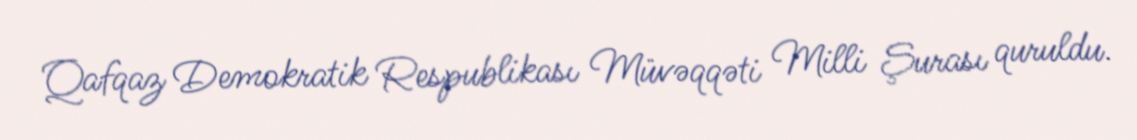
Qafqaz Demokratik Respublikası Müvəqqəti Milli Şurası quruldu.